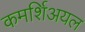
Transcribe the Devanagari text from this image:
कमर्शिअयल